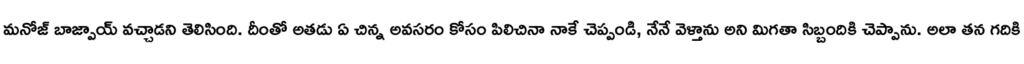
మనోజ్ బాజ్పాయ్ వచ్చాడని తెలిసింది. దీంతో అతడు ఏ చిన్న అవసరం కోసం పిలిచినా నాకే చెప్పండి, నేనే వెళ్తాను అని మిగతా సిబ్బందికి చెప్పాను. అలా తన గదికి